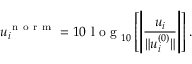
u _ { i } ^ { \mathrm { ~ n ~ o ~ r ~ m ~ } } = 1 0 \mathrm { ~ l ~ o ~ g ~ } _ { 1 0 } \left[ \left| \frac { u _ { i } } { \lVert u _ { i } ^ { ( 0 ) } \rVert } \right| \right] .